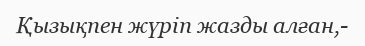
Қызықпен жүріп жазды алған,-